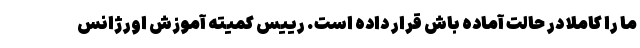
ما را کاملا در حالت آماده باش قرار داده است. رییس کمیته آموزش اورژانس